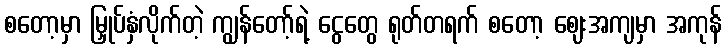
စတော့မှာ မြှုပ်နှံလိုက်တဲ့ ကျွန်တော့်ရဲ့ ငွေတွေ ရုတ်တရက် စတော့ ဈေးအကျမှာ အကုန်